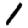
Digit: 1